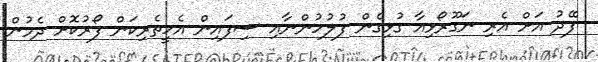
ފޭދު އަށް އެރި ނަގޫރޯޅިއާ ގުޅިގެން ފުލުހުންނާއި ސިފައިން އެހީތެރިކަން ފޯރުކޮށް ދެމުން